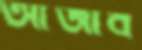
আজাব